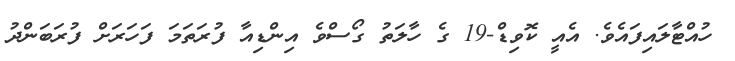
ހުއްޓާލައިފައެވެ. އެއީ ކޮވިޑް-19 ގެ ހާލަތު ގޯސްވެ އިންޑިއާ ފުރަތަމަ ފަހަރަށް ފުރަބަންދު